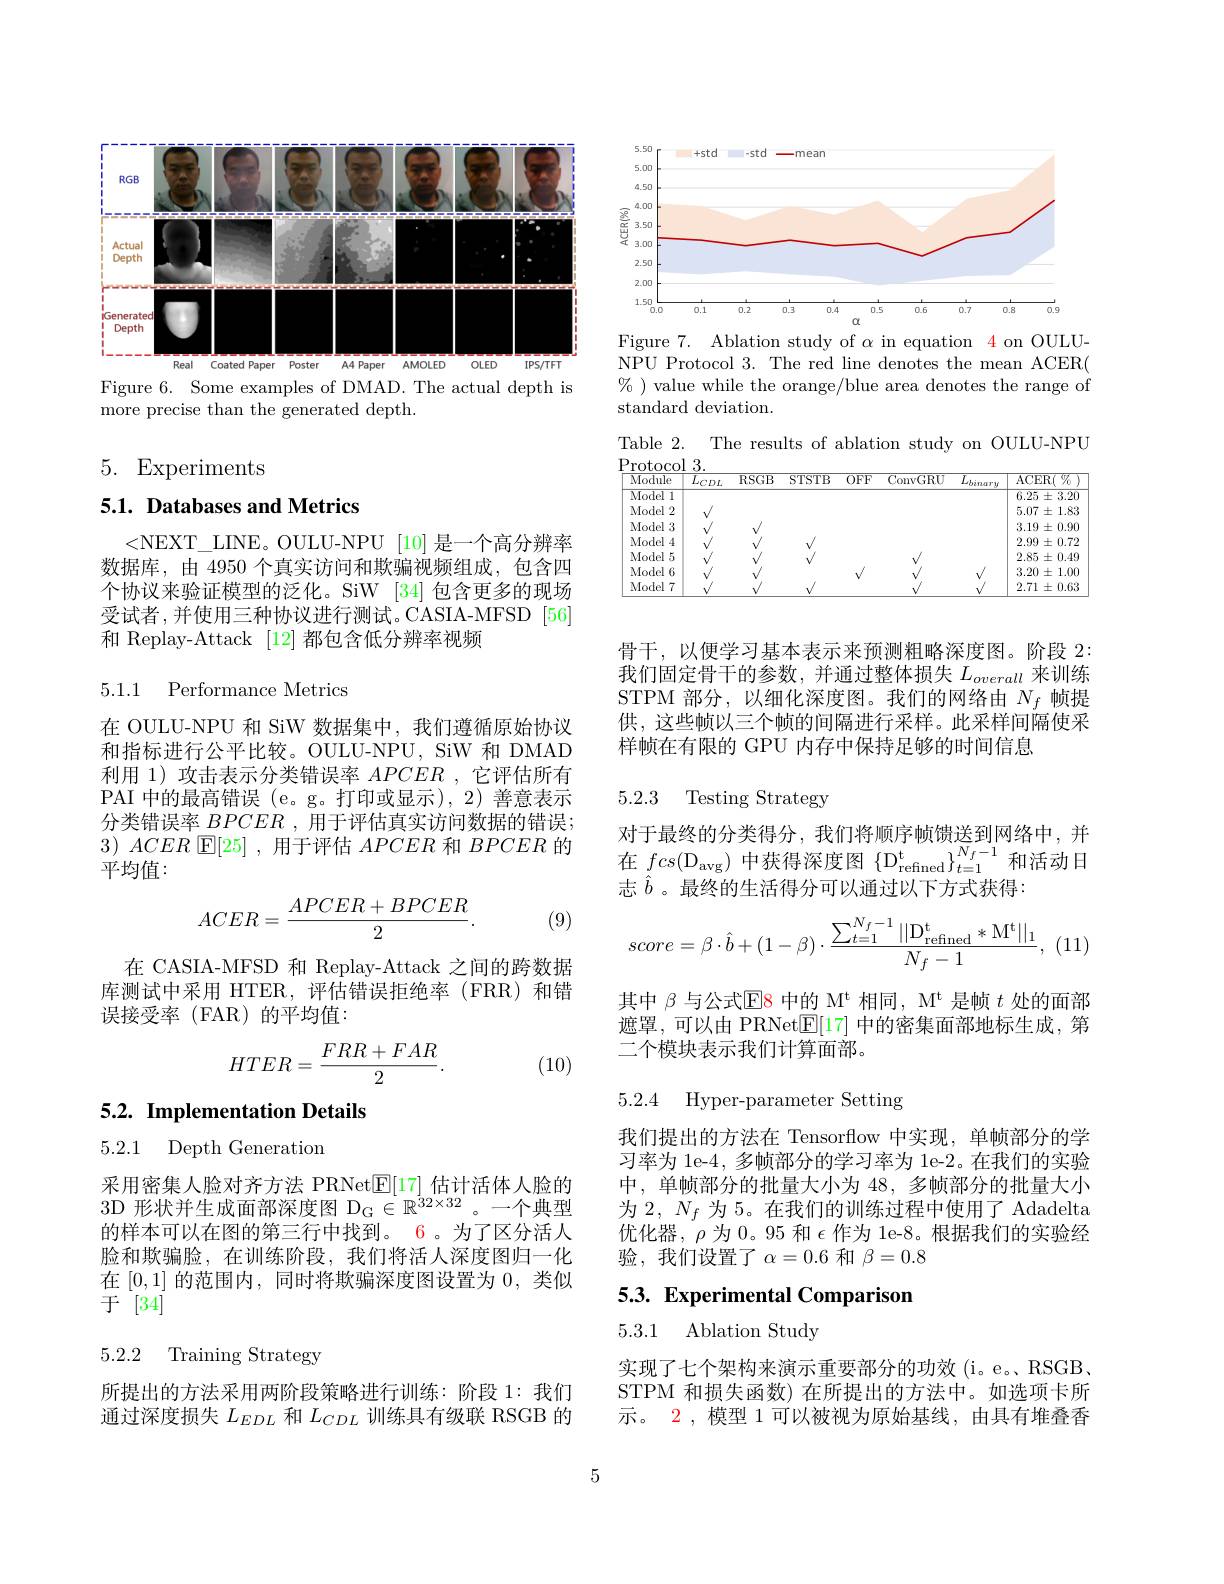
<FigureHere>

Figure 6. Some examples of DMAD. The actual depth is
more precise than the generated depth.

5. Experiments

## 5.1. Databases and Metrics

<NEXT\_LINE。OULU-NPU [10]是一个高分辨率数据库，由 4950 个真实访问和欺骗视频组成，包含四个协议来验证模型的泛化。SiW [34]包含更多的现场受试者，并使用三种协议进行测试。CASIA-MFSD[56] 和 Replay-Attack [12]都包含低分辨率视频

5.1.1 Performance Metrics

在 OULU-NPU 和 SiW 数据集中，我们遵循原始协议和指标进行公平比较。OULU-NPU, SiW 和 DMAD 利用 1) 攻击表示分类错误率$APCER$ ,它评估所有PAI 中的最高错误 (e。g。打印或显示),2) 善意表示分类错误率$BPCER$ ,用于评估真实访问数据的错误； $3) \textit{ ACER }\textcircled {\mathrm{E} }[ 25] $,用于评估$APCER$和$BPCER$的平均值：
$$ACER=\frac{APCER+BPCER}{2}.$$
(9)

在 CASIA-MFSD 和 Replay-Attack 之间的跨数据库测试中采用 HTER, 评估错误拒绝率 (FRR) 和错误接受率(FAR)的平均值：
$$HTER=\frac{FRR+FAR}{2}.$$
(10)

5.2. Implementation Details

5.2.1 Depth Generation

采用密集人脸对齐方法 PRNet$\underline{\mathrm{E}}[17]$估计活体人脸的3D 形状并生成面部深度图$D_G\in R^32\times 32$。一个典型的样本可以在图的第三行中找到。6。为了区分活人脸和欺骗脸，在训练阶段，我们将活人深度图归一化在[0,1]的范围内，同时将欺骗深度图设置为0，类似于[34]

## 5.2.2 Training Strategy

所提出的方法采用两阶段策略进行训练：阶段 1:我们通过深度损失$L_EDL$和$L_{CDL}$训练具有级联 RSGB 的

<FigureHere>
Figure 7. Ablation study of $\alpha$ in equation 4 on OULU-

NPU Protocol 3. The red line denotes the mean ACER( $\%$ ) value while the orange/blue area denotes the range of standard deviation.

Table 2. The results of ablation study on OULU-NPU

<table>
	<tbody>
		<tr>
			<th>$\overline{\mathrm{Module}}$</th>
			<th>$\overline{L_{CDL}}$</th>
			<th>$\overline{RSGB}$</th>
			<th>STSTB</th>
			<th>$\overline{OFF}$</th>
			<th>ConvGRU</th>
			<th>$\overline{L_{binary}}$</th>
			<th>$\overline{\mathrm{ACER}(\%)}$ T</th>
		</tr>
		<tr>
			<td>$\overline{\mathrm{Model~1}}$</td>
			<td> </td>
			<td> </td>
			<td> </td>
			<td> </td>
			<td> </td>
			<td> </td>
			<td>$6.25\pm3.20$</td>
		</tr>
		<tr>
			<td>Model 2</td>
			<td> </td>
			<td> </td>
			<td> </td>
			<td> </td>
			<td> </td>
			<td> </td>
			<td>$5.07\pm1.83$ $w$</td>
		</tr>
		<tr>
			<td>Model 3</td>
			<td> </td>
			<td> </td>
			<td> </td>
			<td> </td>
			<td> </td>
			<td> </td>
			<td>$3.19\pm0.90$</td>
		</tr>
		<tr>
			<td>Model 4</td>
			<td> </td>
			<td> </td>
			<td> </td>
			<td> </td>
			<td> </td>
			<td> </td>
			<td>$2.99\pm0.72$</td>
		</tr>
		<tr>
			<td>Model 5</td>
			<td> </td>
			<td> </td>
			<td> </td>
			<td> </td>
			<td> </td>
			<td> </td>
			<td>$5\pm0.49$ 2.85</td>
		</tr>
		<tr>
			<td>Model 16</td>
			<td> </td>
			<td> </td>
			<td> </td>
			<td> </td>
			<td> </td>
			<td> </td>
			<td>3.20 士 :1.00 - ,</td>
		</tr>
		<tr>
			<td>Model 7</td>
			<td> </td>
			<td> </td>
			<td> </td>
			<td> </td>
			<td> </td>
			<td> </td>
			<td>$2.71\pm0.63$</td>
		</tr>
	</tbody>
</table>

骨干，以便学习基本表示来预测粗略深度图。阶段 2: 我们固定骨干的参数，并通过整体损失$L_overall$来训练STPM 部分，以细化深度图。我们的网络由$N_f$帧提供，这些帧以三个帧的间隔进行采样。此采样间隔使采样帧在有限的 GPU 内存中保持足够的时间信息

5.2.3 Testing Strategy

对于最终的分类得分，我们将顺序帧馈送到网络中，并府 小 城 公 司 方 , JAITI阶 列 微 似 处 到 1, 在 $fcs( \mathrm{D} _{\mathrm{avg}})$ 中 获 得 深 度 图 $\{ \mathrm{D} _{\mathrm{refined}}^{\mathrm{t} }\} _{t= 1}^{N_{f}- 1}$和 活 动 日 $+ \hat{i}$ 目 做 的 出 近 但 八 可 以 逐 过 中 , 中 , 中 . 志$\hat{b}$ 。最终的生活得分可以通过以下方式获得：
$$score=\beta\cdot\hat{b}+(1-\beta)\cdot\frac{\sum_{t=1}^{N_f-1}||\mathrm D_{\text{refined}}^{\mathrm t}*\mathrm M^{\mathrm t}||_1}{N_f-1},$$
, (11)

其中$\beta$与公式$\overline{\mathrm{E8}}$中的 M$^\mathrm{t}$相同，$M^\mathrm{t}$是帧$t$处的面部遮罩，可以由 PRNet$\underline{\mathrm{E}}[17]$中的密集面部地标生成，第二个模块表示我们计算面部。

5.2.4 Hyper-parameter Setting

我们提出的方法在 Tensorflow 中实现，单帧部分的学习率为 1e-4, 多帧部分的学习率为 1e-2。在我们的实验中，单帧部分的批量大小为 48, 多帧部分的批量大小为 2, $N_f$为 5。在我们的训练过程中使用了 Adadelta 优化器，$\rho$为 0。95 和$\epsilon$作为 1e-8。根据我们的实验经验，我们设置了$\alpha=0.6$ 和 $\beta=0.8$

# 5.3. Experimental Comparison

5.3.1 Ablation Study

实现了七个架构来演示重要部分的功效(i。e。RSGB, STPM 和损失函数) 在所提出的方法中。如选项卡所示。2 , 模型 1 可以被视为原始基线，由具有堆叠香

5